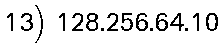
13) 128.256.64.10